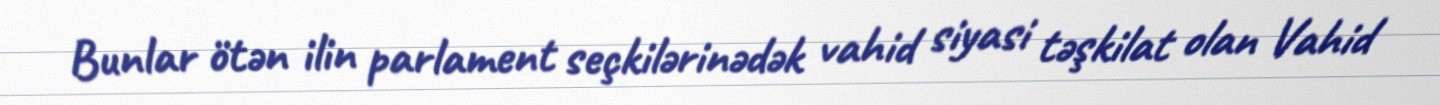
Bunlar ötən ilin parlament seçkilərinədək vahid siyasi təşkilat olan Vahid